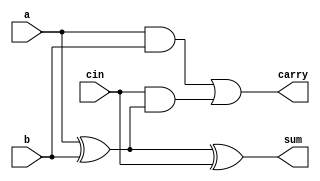
module FullAdder (
    input wire a,
    input wire b,
    input wire cin,
    output wire sum,
    output wire carry
);
    assign sum = a ^ b ^ cin;    // Sum calculation
    assign carry = (a & b) | (cin & (a ^ b)); // Carry calculation
endmodule